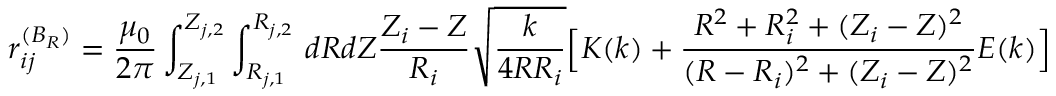
r _ { i j } ^ { ( B _ { R } ) } = \frac { \mu _ { 0 } } { 2 \pi } \int _ { Z _ { j , 1 } } ^ { Z _ { j , 2 } } \int _ { R _ { j , 1 } } ^ { R _ { j , 2 } } \, d R d Z \frac { Z _ { i } - Z } { R _ { i } } \sqrt { \frac { k } { 4 R R _ { i } } } \Big [ K ( k ) + \frac { R ^ { 2 } + R _ { i } ^ { 2 } + ( Z _ { i } - Z ) ^ { 2 } } { ( R - R _ { i } ) ^ { 2 } + ( Z _ { i } - Z ) ^ { 2 } } E ( k ) \Big ]